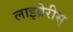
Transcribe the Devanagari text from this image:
लाइब्रेरीस्